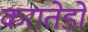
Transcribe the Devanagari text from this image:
करातेडो